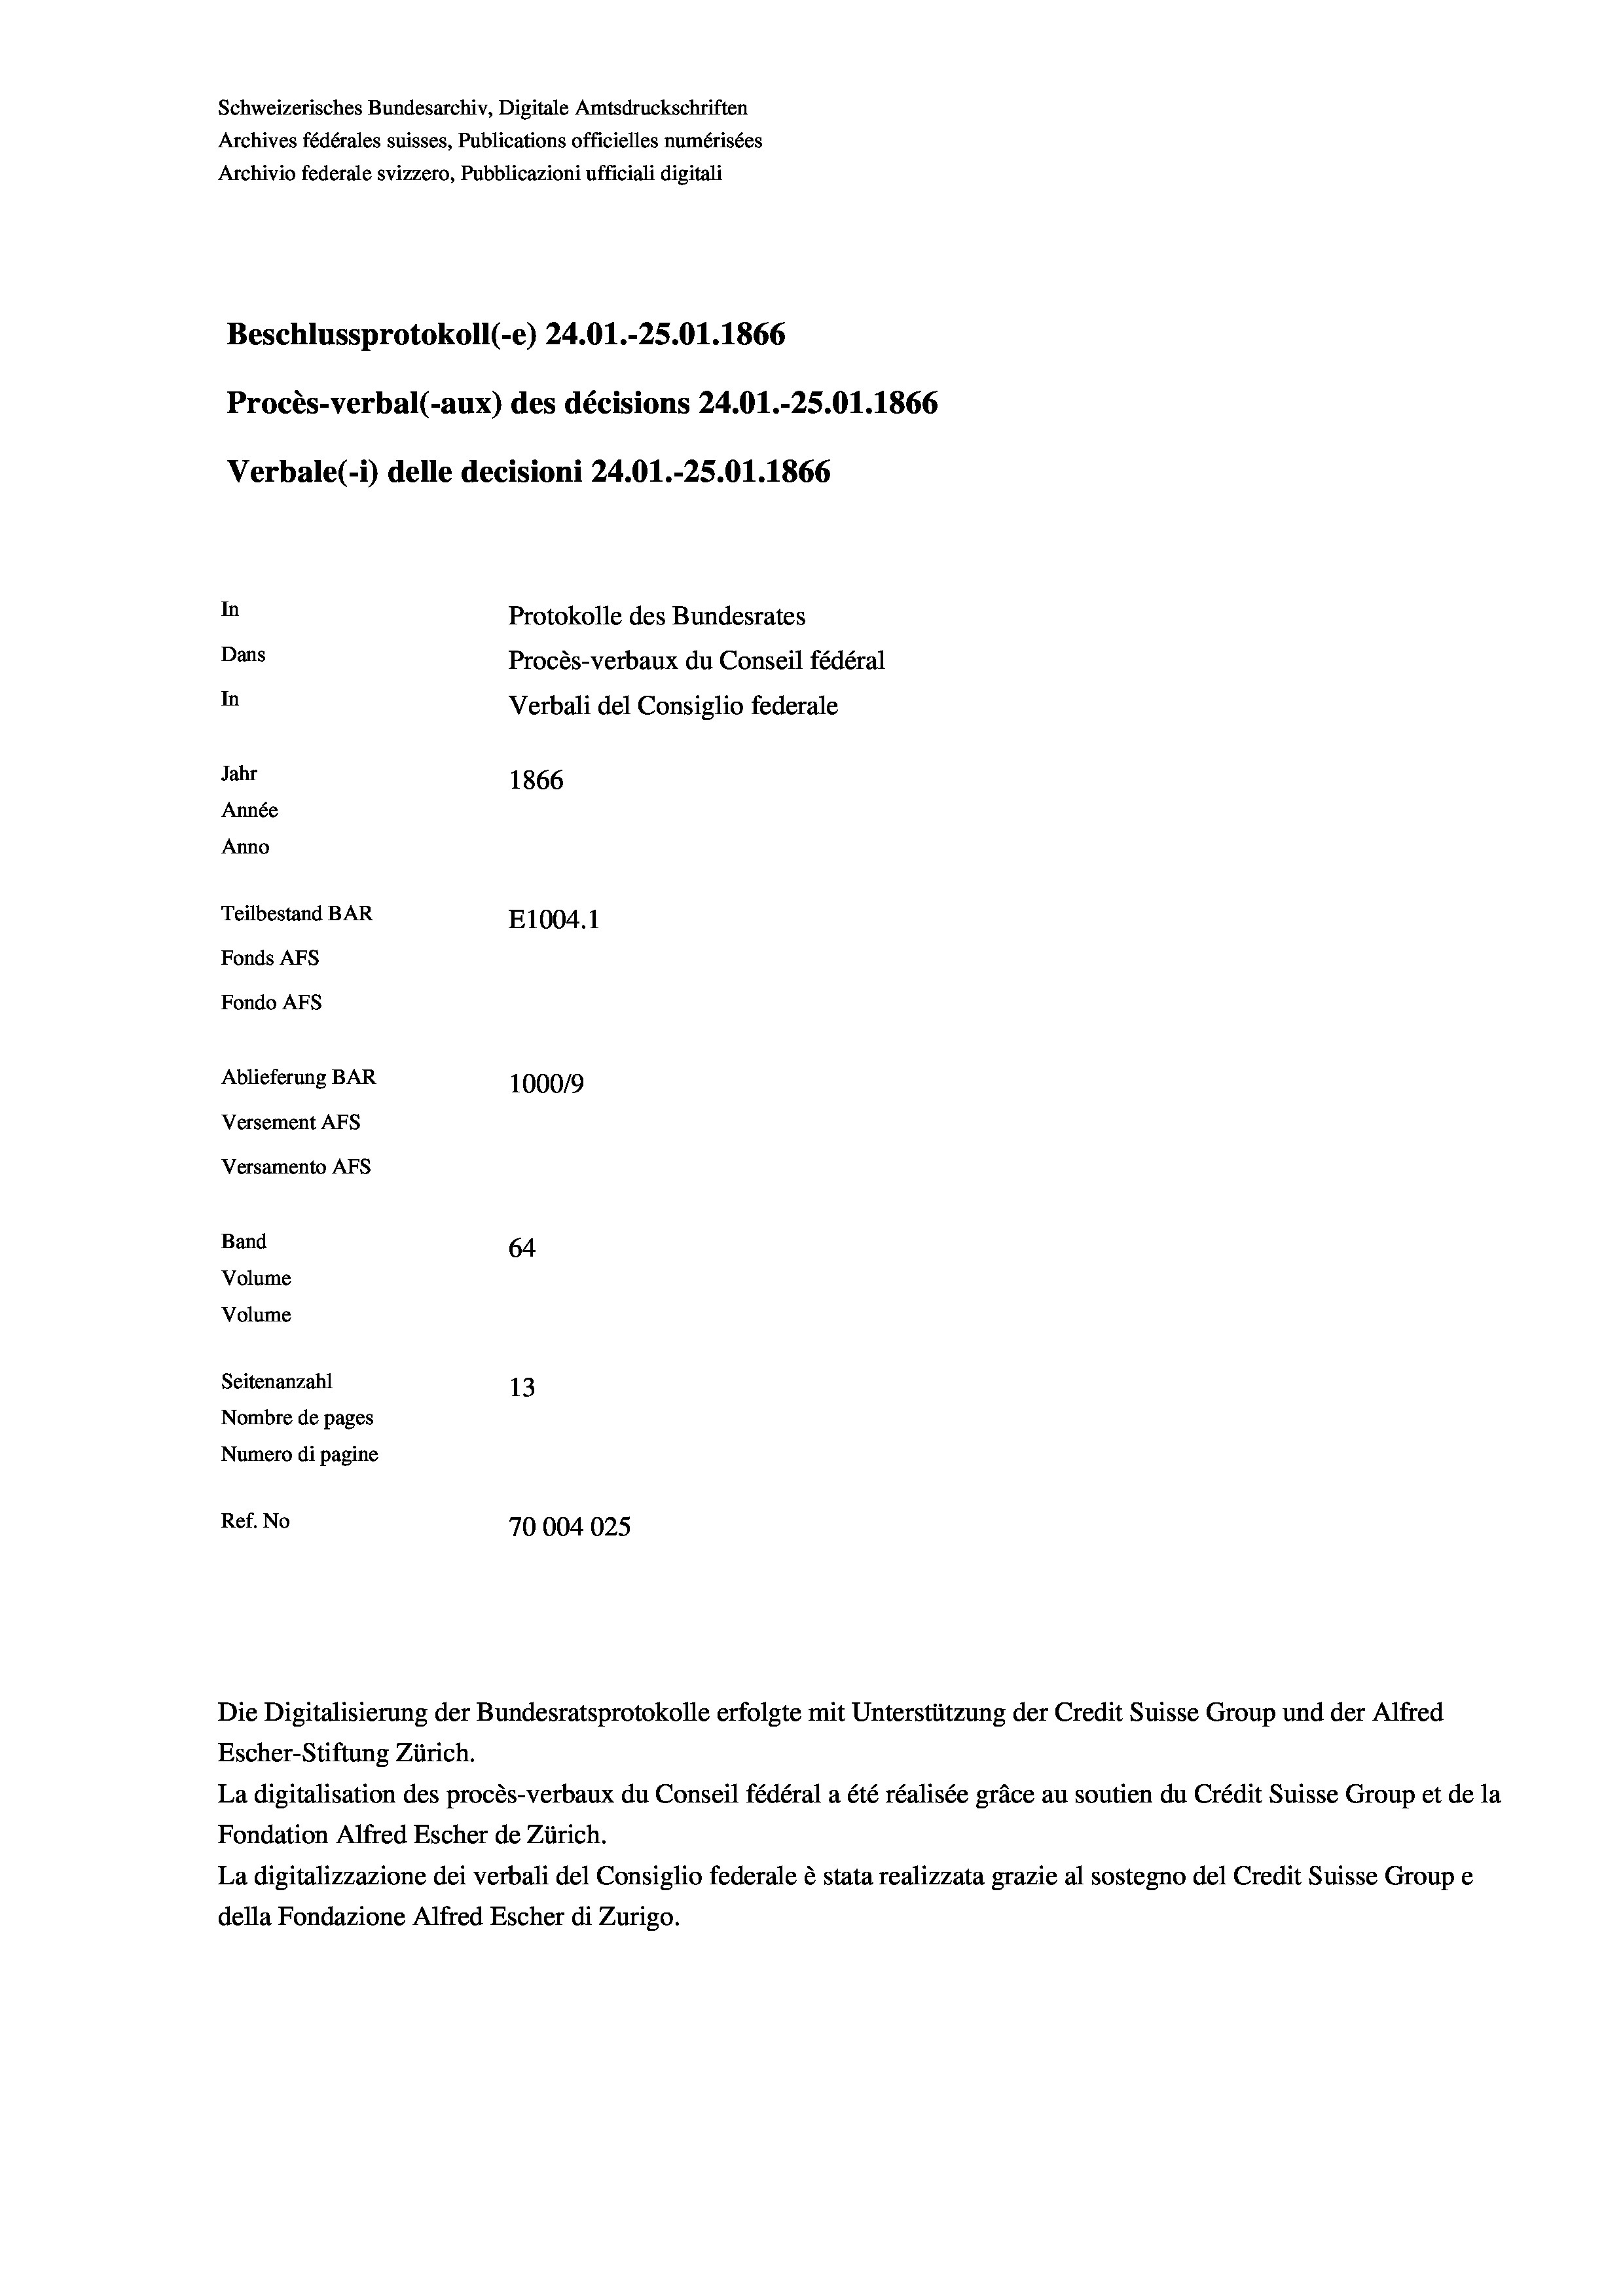
Schweizerisches Bundesarchiv, Digitale Amtsdruckschriften
Archives fédérales suisses, Publications officielles numérisées
Archivio federale svizzero, Pubblicazioni ufficiali digitali
Beschlussprotokoll (-e) 24.01.-25.01.1866
Procès-verbal (-aux) des décisions 24.01.-25.01.1866
Verbale (i) delle decisioni 24.01.-25.01. 1866
In
Protokolle des Bundesrates
Dans
Procès-verbaux du Conseil fédéral
In
Verbali del Consiglio federale
Jahr
1866
Année
Anno
Teilbestand BAR
E1004. 1
Fonds AFs
Fondo Afs
Ablieferung BAR
100019
Versement AFs
Versamento Afs
Band
64
Volume
Volume

Seitenanzahl
13
Nombre de pages
Numero di pagine
Ref. No
70004025

Escher-Stiftung Zürich.
La digitalisation des procès-verbaux du Conseil fédéral a été réalisée gräce au soutien du Crédit Suisse Group et de la
Fondation Alfred Escher de Zürich.
La digitalizzazione dei verbali del Consiglio federale è stata realizzata grazie al sostegno del Credit Suisse Groupe
della Fondazione Alfred Escher di Zurigo.

Die Digitalisierung der Bundesratsprotokolle erfolgte mit Unterstützung der Credit Suisse Group und der Alfred